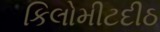
કિલોમીટદીઠ